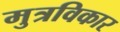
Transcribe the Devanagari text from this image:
मुत्रविकार